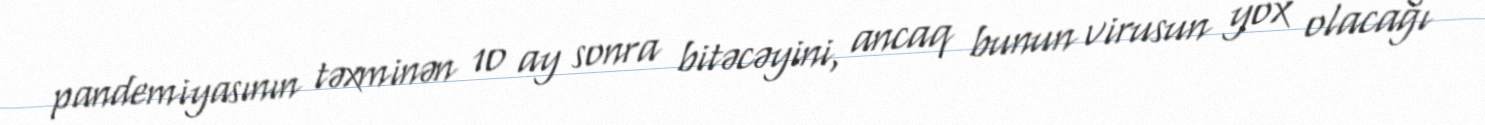
pandemiyasının təxminən 10 ay sonra bitəcəyini, ancaq bunun virusun yox olacağı